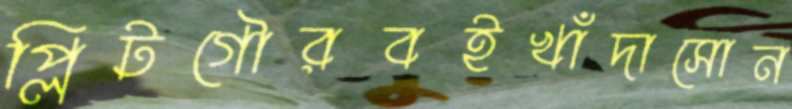
প্লিটগৌরবইখাঁদাসোন